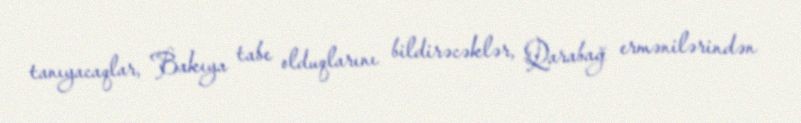
tanıyacaqlar, Bakıya tabe olduqlarını bildirəcəklər, Qarabağ ermənilərindən